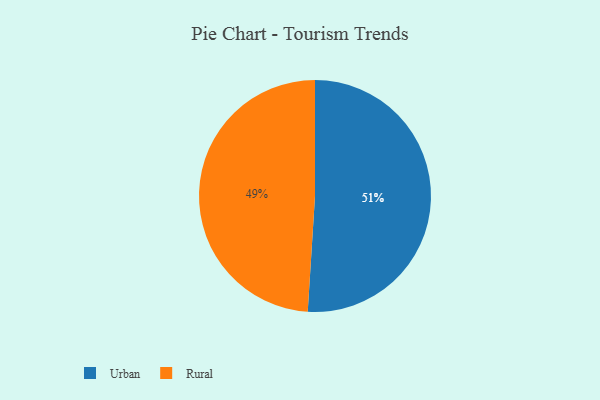
{"axis": {"x": "Category", "y": "Percentage"}, "legend": ["Rural", "Urban"], "data": [{"x": "Urban", "y": 51, "type": "Urban"}, {"x": "Rural", "y": 49, "type": "Rural"}]}